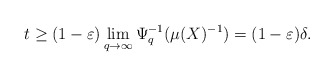
\begin{align*} t\geq(1-\varepsilon)\lim_{q\rightarrow\infty}\Psi_q^{-1}(\mu(X)^{-1})=(1-\varepsilon)\delta.\end{align*}